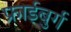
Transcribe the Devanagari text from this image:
फ्राईबुर्ग